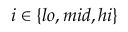
i \in \{ l o , m i d , h i \}